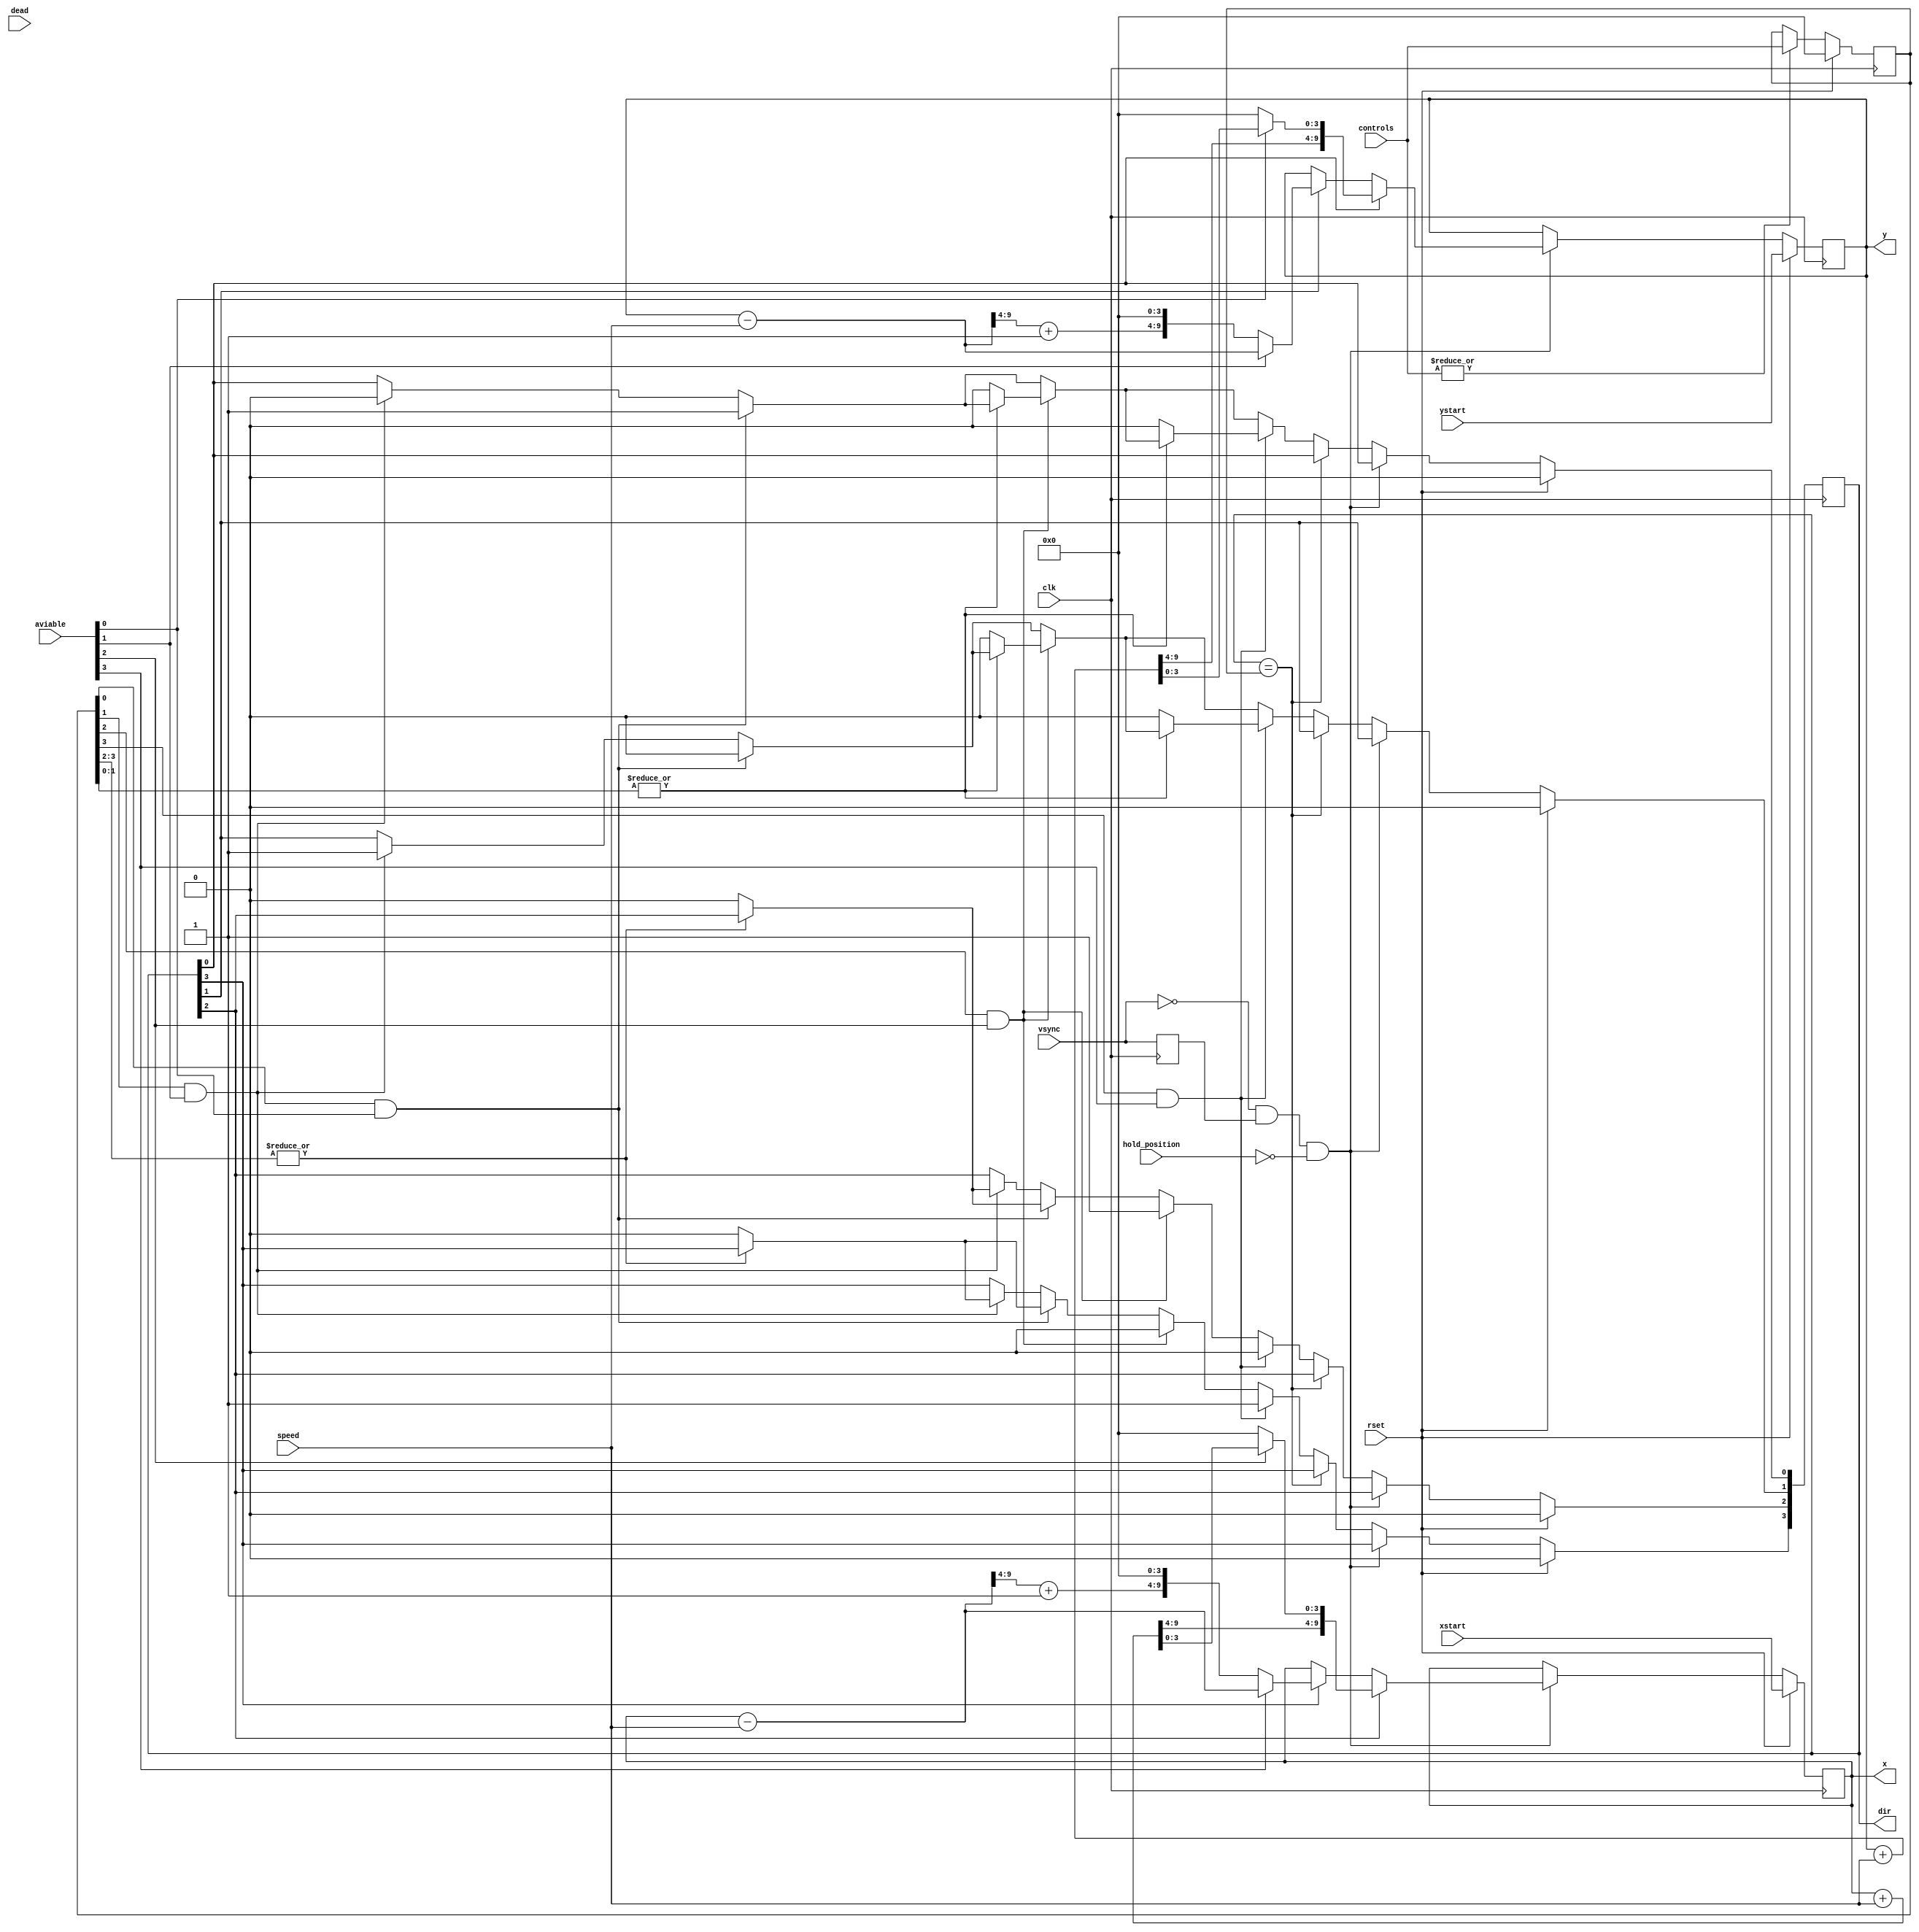
`timescale 1ns / 1ps
//////////////////////////////////////////////////////////////////////////////////
// Company: 
// Engineer: 
// 
// Design Name: 
// Module Name: ghost_movement
// Project Name: 
// Target Devices: 
// Tool Versions: 
// Description: 
// 
// Dependencies: 
// 
// Revision:
// Revision 0.01 - File Created
// Additional Comments:
// 
//////////////////////////////////////////////////////////////////////////////////


module movement(
    input clk, rset, hold_position, dead,
    input [3:0] controls,aviable,
    output reg [9:0] x=16,
    input [9:0] xstart,
    output reg [9:0] y=16,
    input [9:0] ystart,
    input [1:0]speed,
    output reg [3:0] dir,
    input vsync
    );
    reg vsync_prev;
    reg [3:0] controls_saved;
    
    always @(posedge clk) begin
        vsync_prev<=vsync;
        controls_saved<= (|controls) ? controls : controls_saved;
        if(rset)begin
            x<=xstart;
            y<=ystart;
            dir<=0;
            controls_saved<=0;
        end
        else if(~vsync && vsync_prev  && !hold_position )begin
            if(dir[3]) x<=(aviable[3]) ?  (x-speed) : ((((x-speed)>>4)+1)<<4);
            if(dir[2]) x<=(aviable[2]) ?  (x+speed) : ((((x+speed)>>4))<<4);
            if(dir[1]) y<=(aviable[1]) ?  (y-speed) : ((((y-speed)>>4)+1)<<4);
            if(dir[0]) y<=(aviable[0]) ?  (y+speed) : ((((y+speed)>>4))<<4);
        end
        else if(!(dir==controls_saved)) begin
           
            if(controls_saved[0] && aviable[0])begin
                dir[0]<=1;
                dir[1]<=0;
                if(!(|controls_saved[3:2])) dir[3:2]<=2'b0;
            end
            else if(controls_saved[1] && aviable[1])begin
                dir[0]<=0;
                dir[1]<=1;
                if(!(|controls_saved[3:2])) dir[3:2]<=2'b0;
            end
            if(controls_saved[2] && aviable[2])begin
                dir[2]<=1;
                dir[3]<=0;
                if(!(|controls_saved[1:0])) dir[1:0]<=2'b0;
            end
            if(controls_saved[3] && aviable[3])begin
                dir[2]<=0;
                dir[3]<=1;
                if(!(|controls_saved[1:0])) dir[1:0]<=2'b0;
            end
            
        end
    end
endmodule